Civil Veterinary Department. Central Provinces & Berar 1925-31 - 1925-1931
Year: 1925
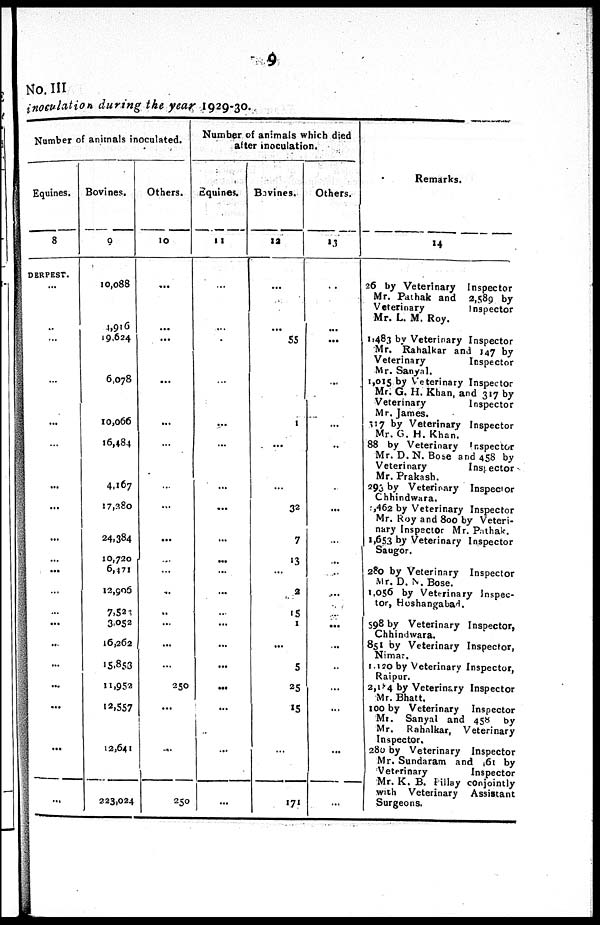
9
No. III
inoculation during the year 1929-30.
Number of animals inoculated.
Eqnines.
8
DERPEST. ...
...
...
...
...
...
...
...
...
...
...
...
...
...
...
...
...
...
...
...
Bovines.
9
10,088
1,916
19,624
6,078
10,066
16,484
4,167
17,380
24,384
10,720
6,471
12,906
7,523
3,052
16,262
15,853
11,952
12,557
12,641
223,024
Others.
10
...
...
...
...
...
...
...
...
...
......
...
..
..
...
...
...
250
...
...
250
Number of animals which died
after inoculation.
Equines.
11
...
...
...
...
...
...
...
...
...
...
...
...
...
...
...
...
...
...
...
...
Bovines.
12
...
...
55
1
...
...
32
7
13
...
2
15
1
...
5
25
15
171
Others.
13
..
...
...
...
...
..
...
...
...
...
...
...
...
...
...
...
...
...
...
...
Remarks.
14
26 by Veterinary
Inspector
Mr. Pathak and
2,589 by
Veterinary
Inspector
Mr. L. M. Roy.
1,483 by Veterinary Inspector
Mr. Rahalkar and 147 by
Veterinary
Inspector
Mr. Sanyal.
1,015 by Veterinary Inspector
Mr. G. H. Khan, and 317 by
Veterinary
Inspector
Mr. James.
317 by Veterinary Inspector
Mr. G. H. Khan.
88 by Veterinary
Inspector
Mr. D. N. Bose and 458 by
Veterinary
Inspector
Mr. Prakash.
293 by Veterinary
Inspector
Chhindwara.
,462 by Veterinary Inspector
Mr. Roy and 800 by Veteri-
nary Inspector Mr. Pathak.
1,653 by Veterinary Inspector
Saugor.
280 by Veterinary
Inspector
Mr. D. N. Bose.
1,056 by Veterinary Inspec-
tor, Hoshangabad.
598 by Veterinary Inspector,
Chhindwara.
851 by Veterinary Inspector,
Nimar.
1,170 by Veterinary Inspector,
Raipur.
2,174 by Veterinary Inspector
Mr. Bhatt.
100 by Veterinary
Inspector
Mr. Sanyal and 458 by
Mr.
Rahnlkar,
Veterinary
Inspector.
280 by Veterinary
Inspector
Mr. Sundaram and 61 by
Veterinary
Inspector
Mr. K. B. pillay conjointly
with Veterinary
Assistant
Surgeons.